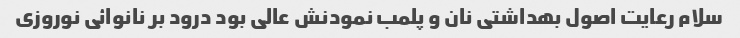
سلام رعایت اصول بهداشتی نان و پلمب نمودنش عالی بود درود بر نانوائی نوروزی